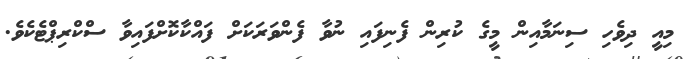
މިއީ ދިވެހި ސިނަމާއިން މީގެ ކުރިން ފެނިފައި ނުވާ ފެންވަރަކަށް ފައްކާކޮށްފައިވާ ސްކްރިޕްޓެކެވެ.